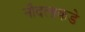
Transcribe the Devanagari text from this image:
नौदलाकडे